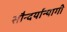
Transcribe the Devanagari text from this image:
सौन्दर्यान्यागी